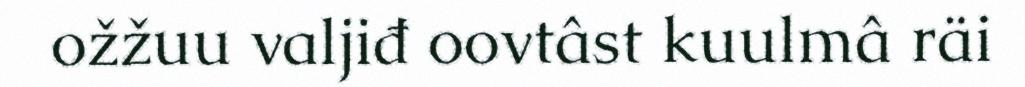
ožžuu valjiđ oovtâst kuulmâ räi